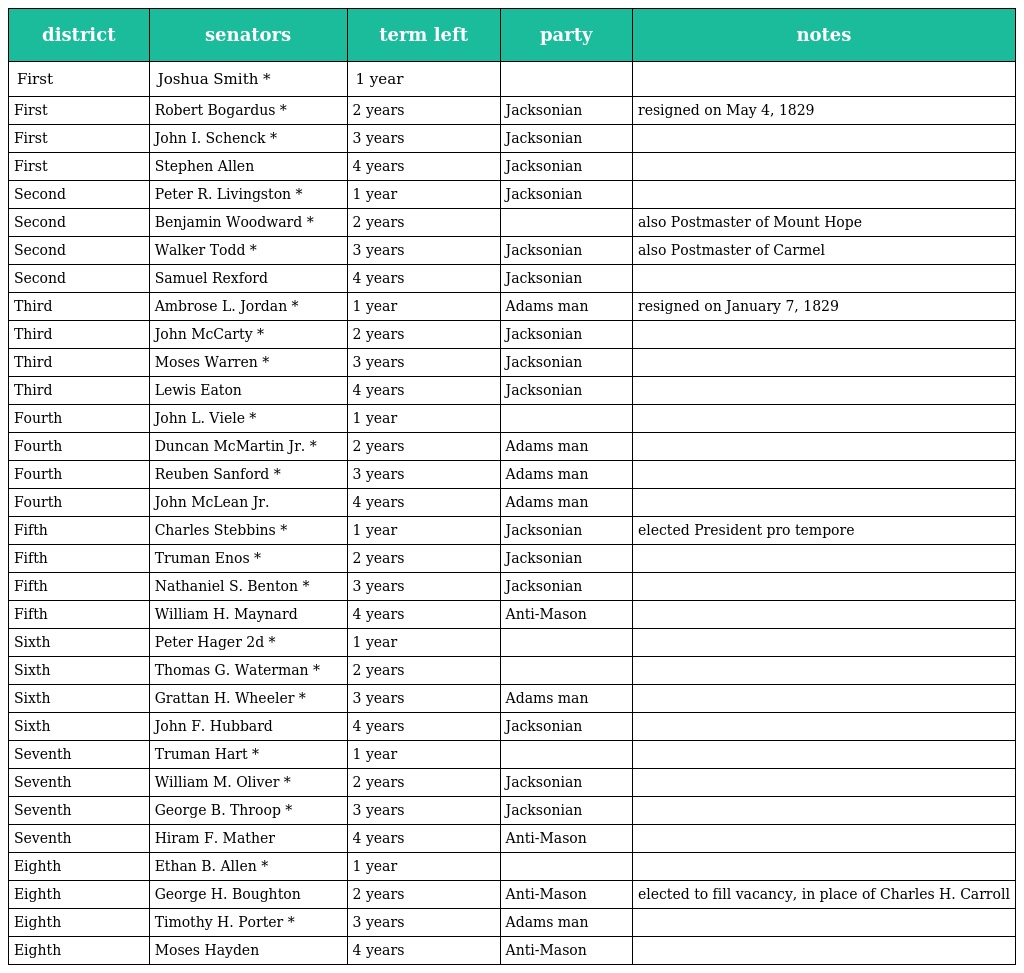
| district | senators | term left | party | notes |
 | --- | --- | --- | --- | --- |
 | First | Joshua Smith * | 1 year |  |  |
 | First | Robert Bogardus * | 2 years | Jacksonian | resigned on May 4, 1829 |
 | First | John I. Schenck * | 3 years | Jacksonian |  |
 | First | Stephen Allen | 4 years | Jacksonian |  |
 | Second | Peter R. Livingston * | 1 year | Jacksonian |  |
 | Second | Benjamin Woodward * | 2 years |  | also Postmaster of Mount Hope |
 | Second | Walker Todd * | 3 years | Jacksonian | also Postmaster of Carmel |
 | Second | Samuel Rexford | 4 years | Jacksonian |  |
 | Third | Ambrose L. Jordan * | 1 year | Adams man | resigned on January 7, 1829 |
 | Third | John McCarty * | 2 years | Jacksonian |  |
 | Third | Moses Warren * | 3 years | Jacksonian |  |
 | Third | Lewis Eaton | 4 years | Jacksonian |  |
 | Fourth | John L. Viele * | 1 year |  |  |
 | Fourth | Duncan McMartin Jr. * | 2 years | Adams man |  |
 | Fourth | Reuben Sanford * | 3 years | Adams man |  |
 | Fourth | John McLean Jr. | 4 years | Adams man |  |
 | Fifth | Charles Stebbins * | 1 year | Jacksonian | elected President pro tempore |
 | Fifth | Truman Enos * | 2 years | Jacksonian |  |
 | Fifth | Nathaniel S. Benton * | 3 years | Jacksonian |  |
 | Fifth | William H. Maynard | 4 years | Anti-Mason |  |
 | Sixth | Peter Hager 2d * | 1 year |  |  |
 | Sixth | Thomas G. Waterman * | 2 years |  |  |
 | Sixth | Grattan H. Wheeler * | 3 years | Adams man |  |
 | Sixth | John F. Hubbard | 4 years | Jacksonian |  |
 | Seventh | Truman Hart * | 1 year |  |  |
 | Seventh | William M. Oliver * | 2 years | Jacksonian |  |
 | Seventh | George B. Throop * | 3 years | Jacksonian |  |
 | Seventh | Hiram F. Mather | 4 years | Anti-Mason |  |
 | Eighth | Ethan B. Allen * | 1 year |  |  |
 | Eighth | George H. Boughton | 2 years | Anti-Mason | elected to fill vacancy, in place of Charles H. Carroll |
 | Eighth | Timothy H. Porter * | 3 years | Adams man |  |
 | Eighth | Moses Hayden | 4 years | Anti-Mason |  |